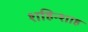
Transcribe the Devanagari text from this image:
शहिन्शाह